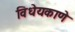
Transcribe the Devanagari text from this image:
विधेयकाणे